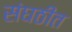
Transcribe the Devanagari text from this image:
संघठीत